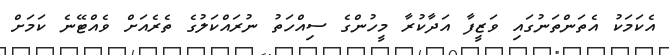
އެކަމަކު އެތަންތަނުގައި ވަޒީފާ އަދާކުރާ މީހުންގެ ސިއްހަތު ނުރައްކަލުގެ ތެރެއަށް ވެއްޓޭނެ ކަމަށް